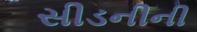
સીડનીની